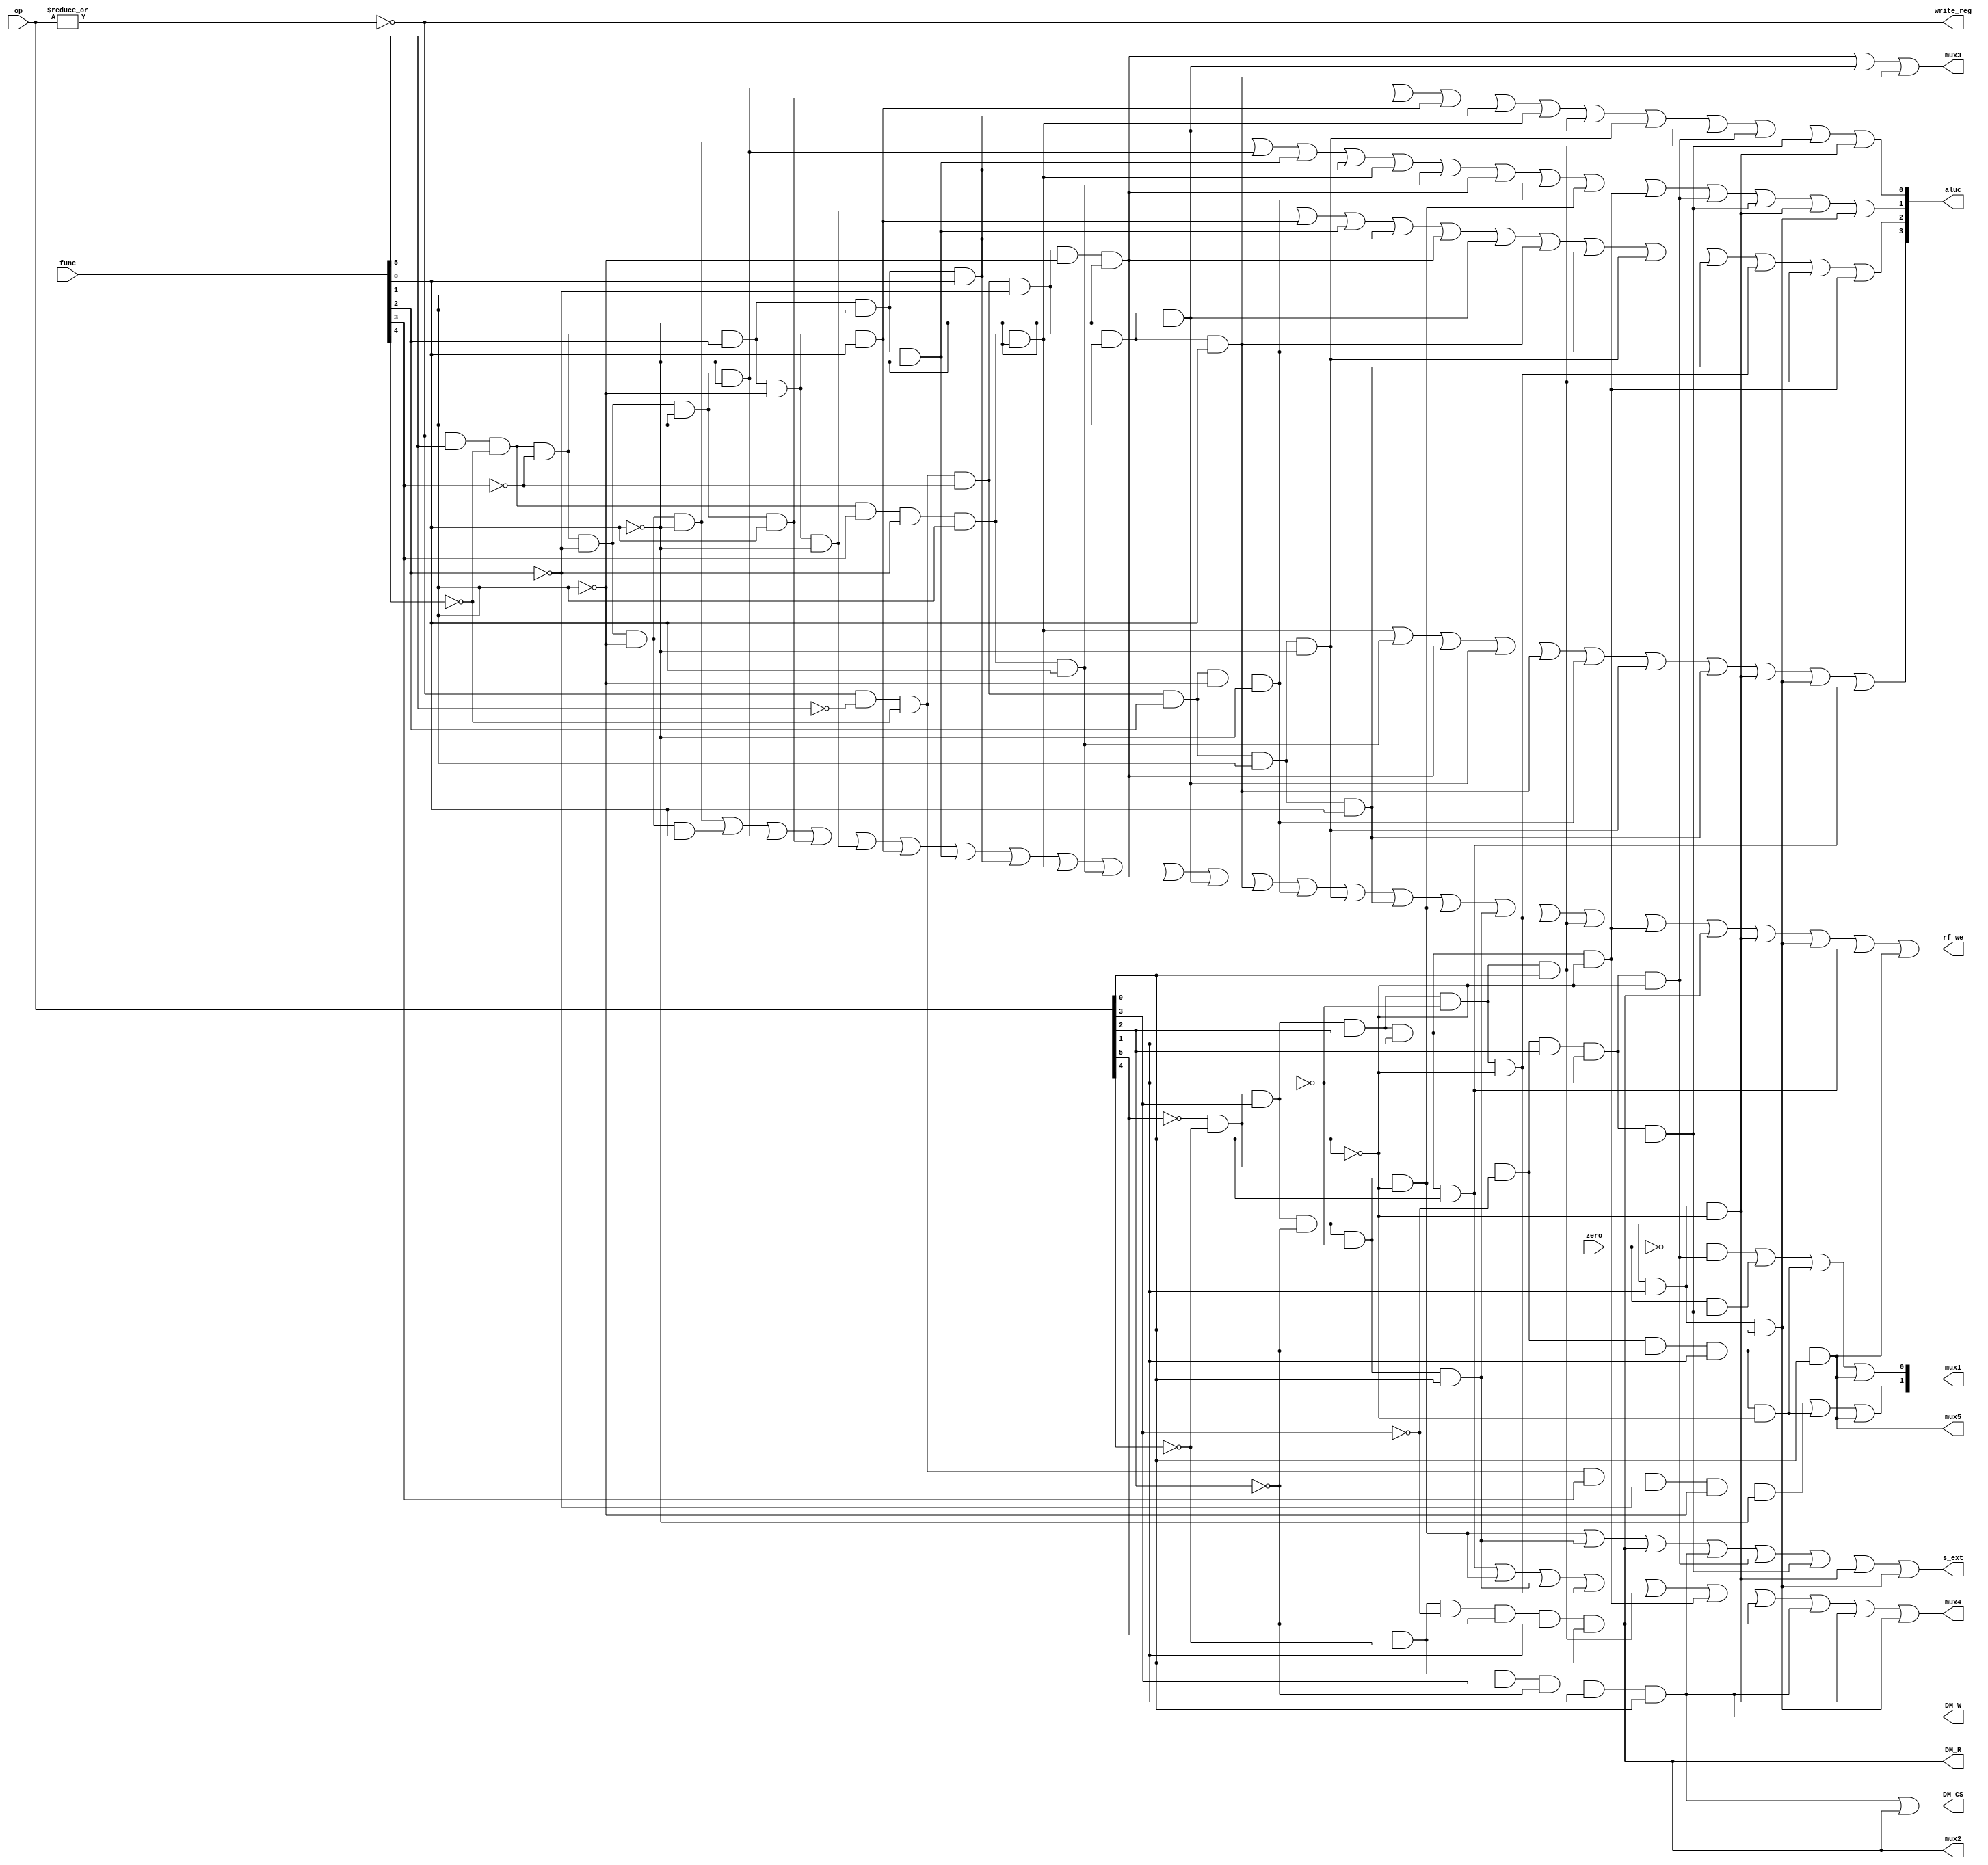
`timescale 1ns / 1ps

module sccu(op, func, zero, write_reg, DM_CS, DM_W, DM_R, rf_we, mux1, mux2, mux3, mux4, mux5, aluc, s_ext);
	input [5:0] op,func;

	input zero;
	output write_reg, DM_CS, DM_W, DM_R, rf_we, mux3, mux4, mux2, mux5;
  
  output s_ext;//s_ext indicates zero extend or signed extend
	output [3:0] aluc;
	output [1:0] mux1;
	wire r_type = ~|op;
	wire i_add = r_type & func[5] & ~func[4] & ~func[3] &
				~func[2] & ~func[1] & ~func[0];
  wire i_addu = r_type & func[5] & ~func[4] & ~func[3] &
				~func[2] & ~func[1] & func[0];
	wire i_sub = r_type & func[5] & ~func[4] & ~func[3] &
				~func[2] & func[1] & ~func[0];
  wire i_subu = r_type & func[5] & ~func[4] & ~func[3] &
      	~func[2] & func[1] & func[0];
	wire i_and = r_type & func[5] & ~func[4] & ~func[3] &
				func[2] & ~func[1] & ~func[0];
	wire i_or = r_type & func[5] & ~func[4] & ~func[3] &
				func[2] & ~func[1] & func[0];
	wire i_xor = r_type & func[5] & ~func[4] & ~func[3] &
				func[2] & func[1] & ~func[0];
  wire i_nor = r_type & func[5] & ~func[4] & ~func[3] &
        func[2] & func[1] & func[0];
  wire i_slt = r_type & func[5] & ~func[4] & func[3] &
        ~func[2] & func[1] & ~func[0];
  wire i_sltu = r_type & func[5] & ~func[4] & func[3] &
        ~func[2] & func[1] & func[0];
	wire i_sll = r_type & ~func[5] & ~func[4] & ~func[3] &
				~func[2] & ~func[1] & ~func[0];
	wire i_srl = r_type & ~func[5] & ~func[4] & ~func[3] &
				~func[2] & func[1] & ~func[0];
	wire i_sra = r_type & ~func[5] & ~func[4] & ~func[3] &
				~func[2] & func[1] & func[0];
  wire i_sllv = r_type & ~func[5] & ~func[4] & ~func[3] &
      	func[2] & ~func[1] & ~func[0];
  wire i_srlv = r_type & ~func[5] & ~func[4] & ~func[3] &
        func[2] & func[1] & ~func[0];
  wire i_srav = r_type & ~func[5] & ~func[4] & ~func[3] &
        func[2] & func[1] & func[0];
	wire i_jr = r_type & ~func[5] & ~func[4] & func[3] &
				~func[2] & ~func[1] & ~func[0];
	wire i_addi = ~op[5] & ~op[4] & op[3] & ~op[2] & ~op[1] & ~op[0];
  wire i_addiu = ~op[5] & ~op[4] & op[3] & ~op[2] & ~op[1] & op[0];
	wire i_andi = ~op[5] & ~op[4] & op[3] & op[2] & ~op[1] & ~op[0];
	wire i_ori = ~op[5] & ~op[4] & op[3] & op[2] & ~op[1] & op[0];
	wire i_xori = ~op[5] & ~op[4] & op[3] & op[2] & op[1] & ~op[0];
	wire i_lw = op[5] & ~op[4] & ~op[3] & ~op[2] & op[1] & op[0];
	wire i_sw = op[5] & ~op[4] & op[3] & ~op[2] & op[1] & op[0];
	wire i_beq = ~op[5] & ~op[4] & ~op[3] & op[2] & ~op[1] & ~op[0];
	wire i_bne = ~op[5] & ~op[4] & ~op[3] & op[2] & ~op[1] & op[0];


  wire i_slti = ~op[5] & ~op[4] & op[3] & ~op[2] & op[1] & ~op[0];
  wire i_sltiu = ~op[5] & ~op[4] & op[3] & ~op[2] & op[1] & op[0];
	wire i_lui = ~op[5] & ~op[4] & op[3] & op[2] & op[1] & op[0];
	wire i_j = ~op[5] & ~op[4] & ~op[3] & ~op[2] & op[1] & ~op[0];
	wire i_jal = ~op[5] & ~op[4] & ~op[3] & ~op[2] & op[1] & op[0];
	//default zero extend
	//assign s_ext[0] = i_andi | i_ori | i_xori | i_lui ;//0 extend
  assign s_ext = i_addi | i_addiu | i_lw | i_sw | i_beq | i_bne | i_slti | i_sltiu ;//sign extend
//ATTENTION	// it seems that srlv is false?????????
	assign aluc[0] = i_sub |i_subu |i_or |i_nor |i_slt |i_srl |i_srlv |i_ori |i_beq |i_bne |i_slti;//i_and | i_or |i_sll |i_srl |i_sra |i_andi |i_ori;
	assign aluc[1] = i_add |i_sub |i_xor |i_nor |i_slt |i_sltu |i_sll | i_sllv |i_addi |i_xori |i_beq |i_bne |i_slti |i_sltiu;//i_xor | i_sll |i_srl |i_sra |i_xori |i_lui;
	assign aluc[2] = i_and |i_or |i_xor |i_nor |i_sll |i_srl |i_sra |i_sllv |i_srlv |i_srav |i_andi |i_ori |i_xori;//i_sub | i_or | i_srl |i_sra | i_ori |i_beq | i_bne |i_lui;
	assign aluc[3] = i_slt |i_sltu |i_sll |i_srl |i_sra |i_sllv |i_srlv |i_srav |i_slti |i_sltiu |i_lui;//i_sra ;

	// The w object is Rd when r-type, Rt when I-type
	assign write_reg = r_type;
	//assign reg_wr = r_type | i_addi | i_andi | i_ori | i_xori | i_lw | i_jal;
	assign mux1[0] = (~zero&i_beq) | (zero&i_bne)  | i_j | i_jal ;
	assign mux1[1] = i_jr | i_j | i_jal;//beq||bne = 01;i_jr = 10;i_j||i_jal = 11; pc+4 = 00
  assign rf_we = i_add |i_addu |i_sub |i_subu |i_and |i_or |i_xor |i_nor |i_slt |i_sltu |
  				        i_sll |i_srl |i_sra |i_sllv |i_srlv |i_srav |i_addi |i_addiu |i_andi |
  				        i_ori |i_xori |i_lw |i_slti |i_sltiu |i_lui | i_jal;
	assign mux2 = i_lw;

	assign mux3 = i_sll |i_srl |i_sra;//assign aluimm = i_lui | i_addi | i_andi | i_ori | i_xori  | i_lw | i_sw;
	                                      //assign shift = i_sll | i_srl | i_sra;
	assign mux4 = i_lui |i_addi |i_addiu |i_andi |i_ori |i_xori |i_lw |i_sw |i_slti |i_sltiu;
	assign mux5 = i_jal;//1 --> RF_w

	assign DM_R = i_lw;
	assign DM_W = i_sw;
	                                      //assign call = i_jal;
	assign DM_CS = i_sw | i_lw;
  endmodule